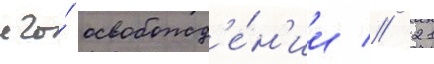
его́ освобожд'е́н'ии // 21